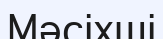
Мәсіхші